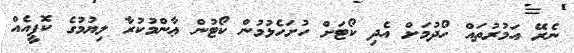
ނެރޭ އަމުރުތައް ހޯދުމަށް އެދި ކޯޓަށް ހުށަހެޅުމުން ކޯޓުން ޢާންމުކުރާ ލިޔުމުގެ ކޮޕީއެއް